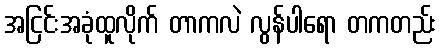
အငြင်းအခုံထူလိုက် တာကလဲ လွန်ပါရော တကတည်း